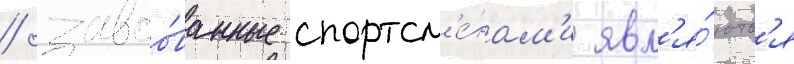
/ завоо́ванные спортсм'е́нам'и явл'я́ютс'я